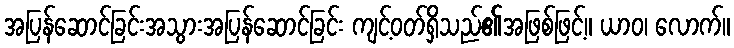
အပြန်ဆောင်ခြင်းအသွားအပြန်ဆောင်ခြင်း ကျင့်ဝတ်ရှိသည်၏အဖြစ်ဖြင့်။ ယာဝ၊ လောက်။